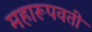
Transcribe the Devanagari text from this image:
महारूपवती